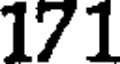
171